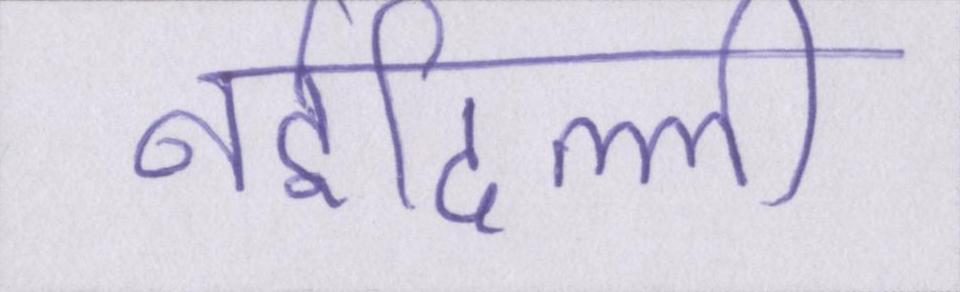
नईदिल्ली